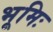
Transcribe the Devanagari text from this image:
भूमिः